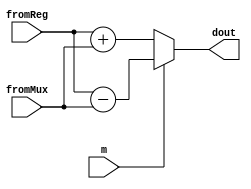
`timescale 1ns/1ps
//CsC 142 Section 02
//Project 2: MultiCycle Datapath and Control Unit
//March 09, 2019
module subtractor(fromMux, fromReg, dout, m);
input[7:0]fromMux, fromReg;
input m;
output[7:0] dout;
reg[7:0] dout;

always @(fromMux, fromReg, m)
begin
if(m == 1'b0)
    dout <= fromReg + fromMux;
else
    dout <= fromReg - fromMux;
end    
endmodule